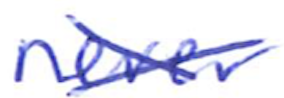
Text: never
Cross-out: cross
Writing tool: ballpoint